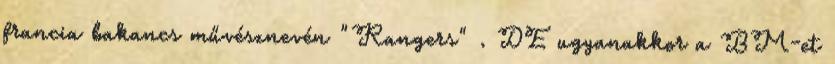
francia bakancs művésznevén "Rangers" . DE ugyanakkor a BM-et